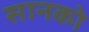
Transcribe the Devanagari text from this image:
सानको